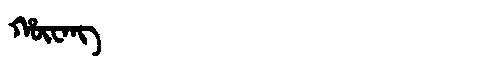
Manchu: ᡥᡡᠸᠠᠩ
Romanization: HŪWANG